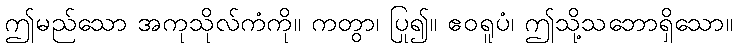
ဤမည်သော အကုသိုလ်ကံကို။ ကတွာ၊ ပြု၍။ ဧဝရူပံ၊ ဤသို့သဘောရှိသော။